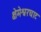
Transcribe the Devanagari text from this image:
क्षेमेश्वरघाट